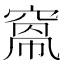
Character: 𥦻